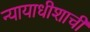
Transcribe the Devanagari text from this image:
न्यायाधीशाची